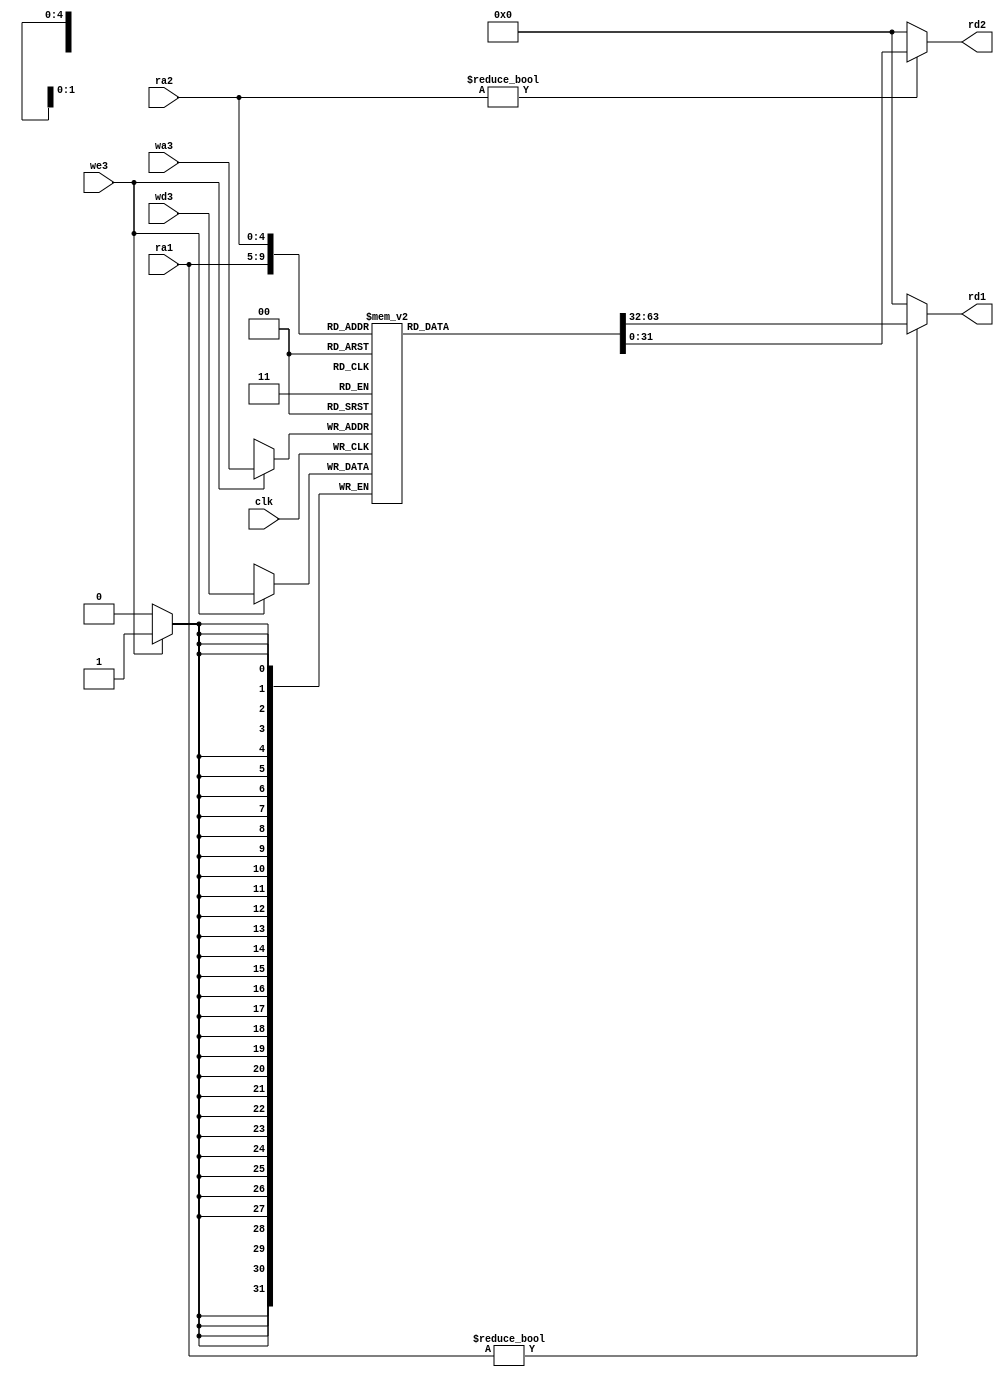
// Components used in MIPS processor
//------------------------------------------------

module regfile(input          clk, 
               input          we3, 
               input   [4:0]  ra1, ra2, wa3, 
               input   [31:0] wd3, 
               output  [31:0] rd1, rd2);

  reg [31:0] rf[31:0];

  // three ported register file
  // read two ports combinationally
  // write third port on rising edge of clock
  // register 0 hardwired to 0

  always@(posedge clk)
    if (we3) rf[wa3] <= wd3;	

  assign rd1 = (ra1 != 0) ? rf[ra1] : 0;
  assign rd2 = (ra2 != 0) ? rf[ra2] : 0;
endmodule

module adder(input   [31:0] a, b,
             output [31:0] y);

  assign y = a + b;
endmodule

module sl2(input  [31:0] a,
           output [31:0] y);

  // shift left by 2
  assign y = {a[29:0], 2'b00};
endmodule

module signext(input   [15:0] a,
               output  [31:0] y);
   assign y = {{16{a[15]}}, a};
endmodule


module flopr #(parameter WIDTH = 8)
              (input               clk, reset,
               input  [WIDTH-1:0] d, 
               output  reg [WIDTH-1:0] q);

  always@(posedge clk, posedge reset)
  begin
    if (reset) q <= 0;
    else       q <= d;
  end
endmodule

module flopenr #(parameter WIDTH = 8)
                (input               clk, reset,
                 input               en,
                 input   [WIDTH-1:0] d, 
                 output reg [WIDTH-1:0] q);
 
  always @(posedge clk, posedge reset)
  begin
    if      (reset) q <= 0;
    else if (en)    q <= d;
  end
endmodule

module mux2 #(parameter WIDTH = 8)
             (input   [WIDTH-1:0] d0, d1, 
              input               s, 
              output  [WIDTH-1:0] y);

  assign y = s ? d1 : d0; 
endmodule

module mux3 #(parameter WIDTH = 8)
             (input   [WIDTH-1:0] d0, d1, d2,
              input   [1:0]       s, 
              output  [WIDTH-1:0] y);

  assign #1 y = s[1] ? d2 : (s[0] ? d1 : d0); 
endmodule

module mux4 #(parameter WIDTH = 8)
             (input   [WIDTH-1:0] d0, d1, d2, d3,
              input   [1:0]       s, 
              output reg [WIDTH-1:0] y);

   always @(*)
      case(s)
         2'b00: y <= d0;
         2'b01: y <= d1;
         2'b10: y <= d2;
         2'b11: y <= d3;
      endcase
endmodule